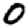
Digit: 0